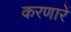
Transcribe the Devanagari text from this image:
करणारें